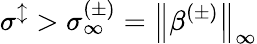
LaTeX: \sigma^{\updownarrow}>\sigma_{\infty}^{(\pm)}=\left\lVert\beta^{(\pm)}\right\rVert_{\infty}